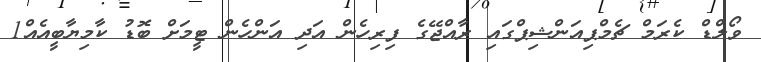
ވޯލްޑް ކެރަމް ޗެމްޕިއަންޝިޕްގައި ރާއްޖޭގެ ފިރިހެން އަދި އަންހެން ޓީމަށް ބޮޑު ކާމިޔާބީއެއް1